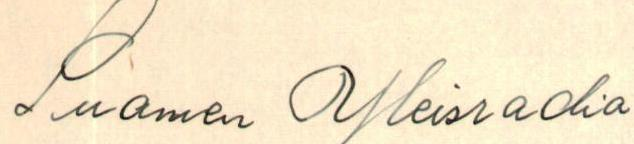
Suomen Yleisradio